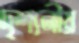
দৃশ্যনীয়